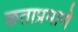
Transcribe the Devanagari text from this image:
छताप्रमाणे